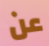
عن